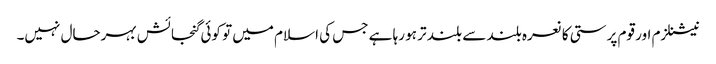
نیشنلزم اور قوم پرستی کا نعرہ بلند سے بلند تر ہو رہا ہے جس کی اسلام میں تو کوئی گنجائش بہرحال نہیں۔